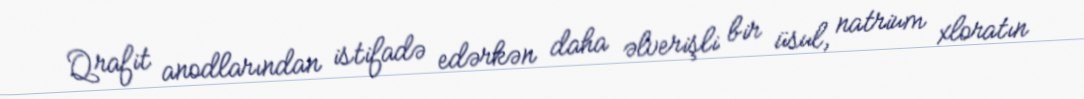
Qrafit anodlarından istifadə edərkən daha əlverişli bir üsul, natrium xloratın